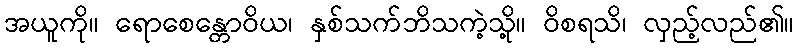
အယူကို။ ရောစေန္တောဝိယ၊ နှစ်သက်ဘိသကဲ့သို့။ ဝိစရသိ၊ လှည့်လည်၏။